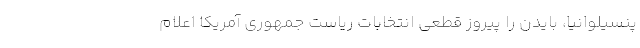
پنسیلوانیا، بایدن را پیروز قطعی انتخابات ریاست جمهوری آمریکا اعلام